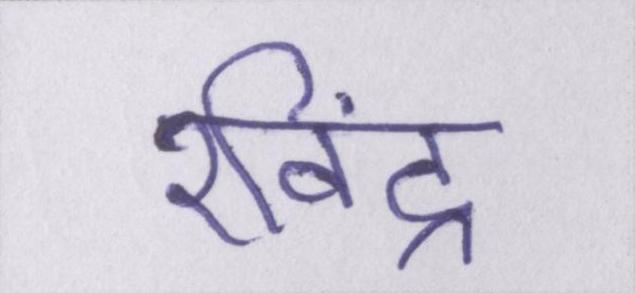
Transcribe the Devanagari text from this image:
रविंद्र